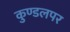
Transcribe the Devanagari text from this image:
कुण्डलपर